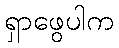
ရှာဖွေပါက